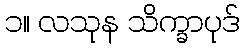
၁။ လသုန သိက္ခာပုဒ်